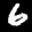
Label: 6